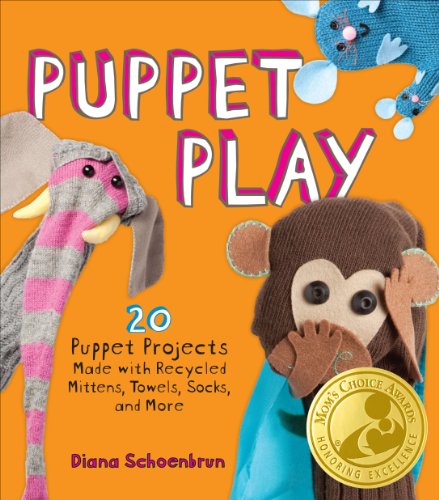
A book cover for Puppet Play: 20 Puppet Projects Made with Recycled Mittens, Towels, Socks, and More; Diana Schoenbrun; Crafts, Hobbies & Home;